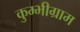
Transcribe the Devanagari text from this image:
कुम्भीग्राम